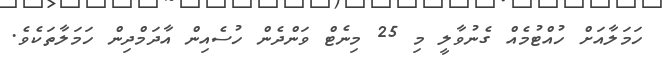
ހަމަލާއަށް ހުއްޓުމެއް ގެނުވާލީ މި 25 މިނެޓް ވަންދެން ހުސެއިން އާދަމްދިން ހަމަލާތަކެވެ.